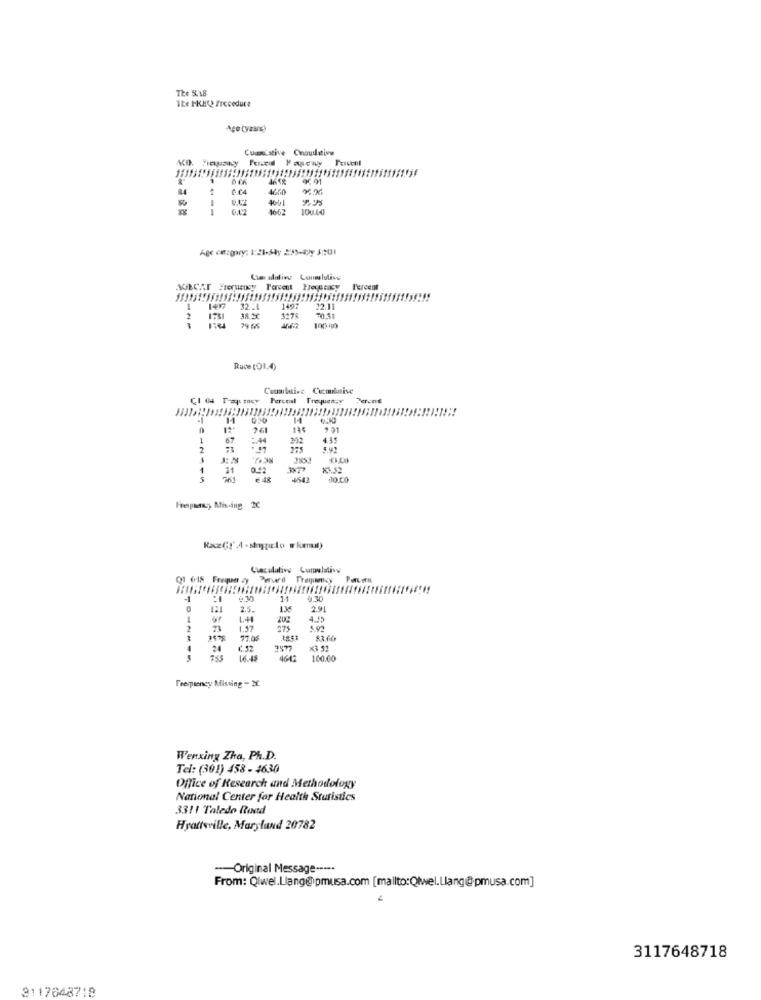
The S.18
Ike HKHQ Procedure
Ago (yaand
Cuantathe Cnoulative
Pened Pagewy Percent
QC91
4001
--
1662
100.40
AGECAT Freruemy Percent Youstacy
Percent
1
1497
2
1731
38.20
70.51
79 6
100 40
Ruce (01.4)
Cumulative Cumulative
CI @ Tay mcy Percoul Trequency
Peroni
14
261
9 91
67
4.91
31
0.42
+542
JO.LO
Freipaar, Mining 2C
Q1 6-18 Frequen zy Served Trapanicy Paris
-1
1-1
121
2.5.
136
2.91
4.55
1.57
275
77.0$
$3.00
24
2877
16.45
4642
160.00
Trempency Missing - 2℃
Wenxing Zha, Ph.D.
Tel: (301) 458 - 4630
Office of Research and Methodology
National Center for Health Statistics
3311 Taledo Road
Hyattsville, Maryland 20782
-- Original Message -----
From: Qlwel.Liang@pmusa.com [mailto:Qtwel.Llang@-pmusa.com]
3117648718
3117648718